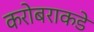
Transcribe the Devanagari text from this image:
करोबराकडे